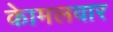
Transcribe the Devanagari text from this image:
काेमलवार